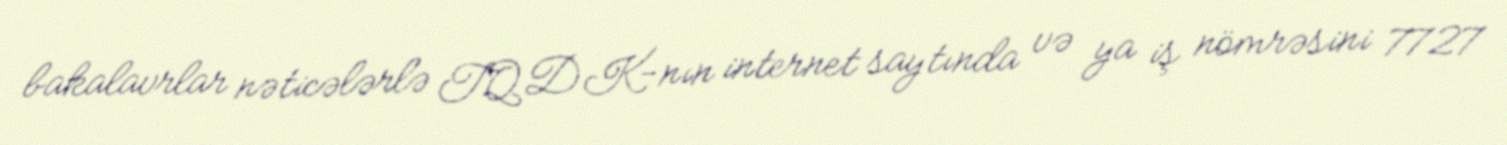
bakalavrlar nəticələrlə TQDK-nın internet saytında və ya iş nömrəsini 7727